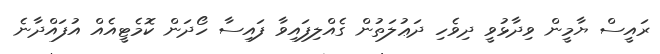
ރައީސް ޔާމީން ވިދާޅުވީ ދިވެހި ދަޢުލަތުން ގެއްލިފައިވާ ފައިސާ ހޯދަން ކޮމެޓީއެއް އުފައްދާނެ